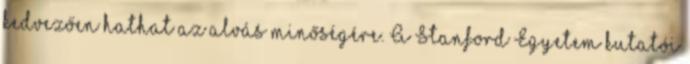
kedvezően hathat az alvás minőségére. A Stanford Egyetem kutatói